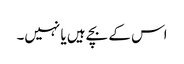
اس کے بچے ہیں یا نہیں۔